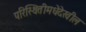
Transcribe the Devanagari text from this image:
परिस्थितीमधेदेखील